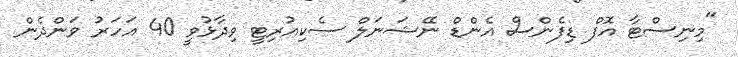
"މިނިސްޓާ އޮފް ޑިފެންސް އެންޑް ނޭޝަނަލް ސެކިއުރިޓީ ވިދާޅުވީ 40 އަހަރު ވަންދެން